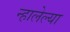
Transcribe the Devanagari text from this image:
न्हालेल्या